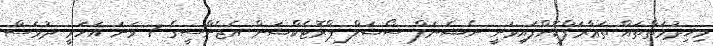
މިޚިދުމަތްތައް ތަޢާރަފްކޮށްފައިވަނީ ނެޝެނަލް ސޯޝަލް ޕްރޮޓެކްޝަން އެޖެންސީގެ 7 ވަނަ އަހަރީ ދުވަސް